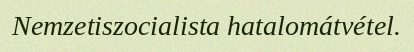
Nemzetiszocialista hatalomátvétel.